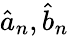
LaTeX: \hat{a}_{n},\hat{b}_{n}